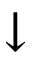
\downarrow